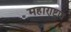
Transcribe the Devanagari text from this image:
महारा्ष्ट्रात